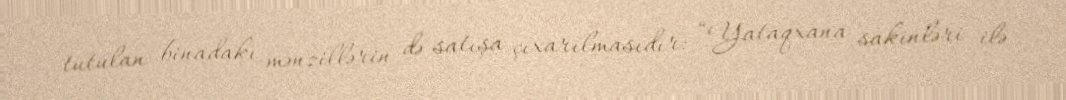
tutulan binadakı mənzillərin də satışa çıxarılmasıdır: “Yataqxana sakinləri ilə